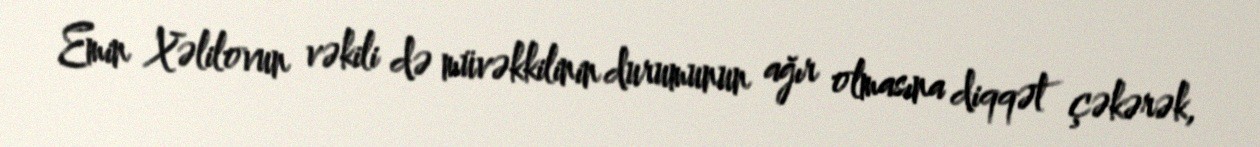
Emin Xəlilovun vəkili də müvəkkilinin durumunun ağır olmasına diqqət çəkərək,